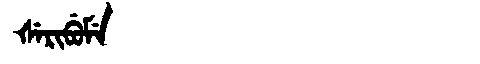
Manchu: ᡧᡝᡵᡳᠪᡠᠮᡝ
Romanization: ŠERIBUME